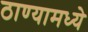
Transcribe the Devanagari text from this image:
ठाण्यामध्ये